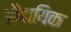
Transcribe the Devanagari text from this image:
औदायिक